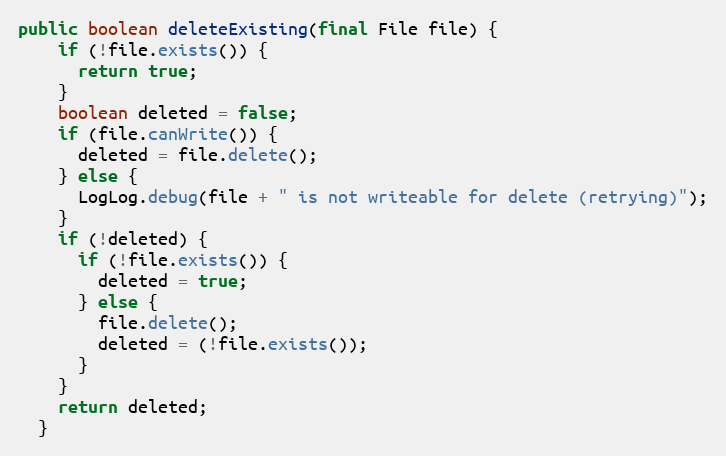
Language: Java
public boolean deleteExisting(final File file) {
    if (!file.exists()) {
      return true;
    }
    boolean deleted = false;
    if (file.canWrite()) {
      deleted = file.delete();
    } else {
      LogLog.debug(file + " is not writeable for delete (retrying)");
    }
    if (!deleted) {
      if (!file.exists()) {
        deleted = true;
      } else {
        file.delete();
        deleted = (!file.exists());
      }
    }
    return deleted;
  }